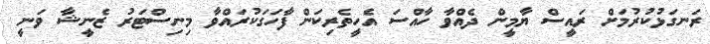
ރަނގަޅުކުރުމަށް ރައީސް ޔާމީން ދެއްވާ ހާއްސަ އެހީތެރިކަން ފާހަގަކުރައްވާ މިނިސްޓަރު ޒެނީޝާ ވަނީ